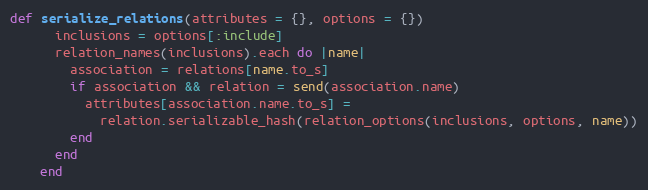
Language: Ruby
def serialize_relations(attributes = {}, options = {})
      inclusions = options[:include]
      relation_names(inclusions).each do |name|
        association = relations[name.to_s]
        if association && relation = send(association.name)
          attributes[association.name.to_s] =
            relation.serializable_hash(relation_options(inclusions, options, name))
        end
      end
    end